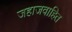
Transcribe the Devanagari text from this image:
जहाजवाहित